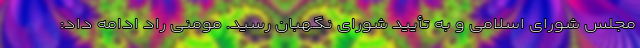
مجلس شورای اسلامی و به تأیید شورای نگهبان رسید. مومنی راد ادامه داد: